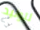
لتوليد